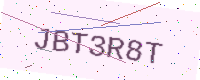
Text: JBT3R8T